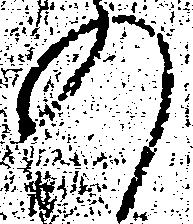
の